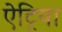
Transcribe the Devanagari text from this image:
ऐट्रिया